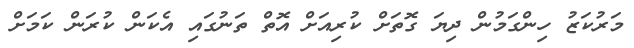
މަރުކަޒު ހިންގަމުން ދިޔަ ގޮތަށް ކުރިއަށް އޮތް ތަނުގައި އެކަން ކުރަން ކަމަށް